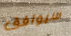
سيوافق